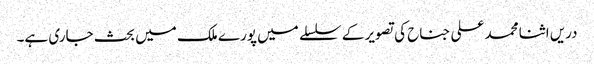
دریں اثنا محمد علی جناح کی تصویر کے سلسلے میں پورے ملک میں بحث جاری ہے۔